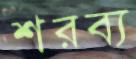
শরব্য